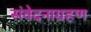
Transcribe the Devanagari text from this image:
संवेदनाग्रहण